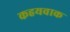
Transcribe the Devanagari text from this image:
कहयवाक